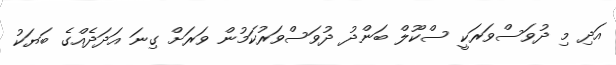
އަދި މި ދުވަސްވަރަކީ ސްކޫލް ބަންދު ދުވަސްވަރުކަމުން ވަރަށް ގިނަ އަދަދެއްގެ ބަޔަކު